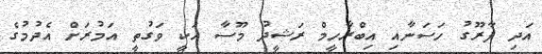
އަދި ފާރޫގު ހަސަނާއި އިބްރާހީމް ރަޝީދު މޫސާ އަކީ ވަގުތީ އަމުރަށް އެދުުމުގެ